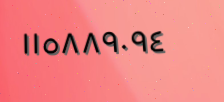
١١٥٨٨٩٠٩٤